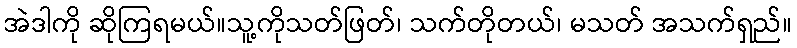
အဲဒါကို ဆိုကြရမယ်။သူ့ကိုသတ်ဖြတ်၊ သက်တိုတယ်၊ မသတ် အသက်ရှည်။